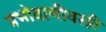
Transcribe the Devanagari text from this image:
नभोवाणीवरही